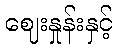
ဈေးနှုန်းနှင့်